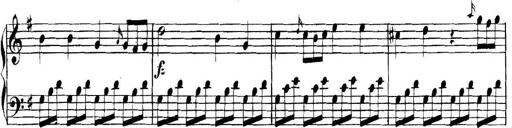
Title: Collected Piano Sonatas
Composer: Muzio Clementi